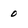
Character: o